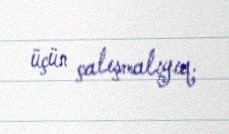
üçün çalışmalıyıq.